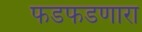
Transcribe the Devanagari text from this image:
फडफडणारा